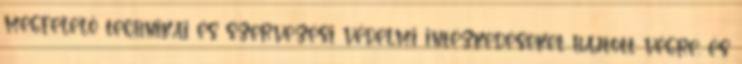
megfelelő technikai és szervezési védelmi intézkedéseket hajtott végre, és